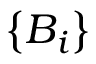
\left\{ B _ { i } \right\}